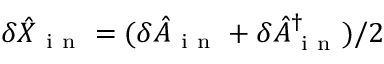
\delta \hat { X } _ { \mathrm { ~ i ~ n ~ } } = ( \delta \hat { A } _ { \mathrm { ~ i ~ n ~ } } + \delta \hat { A } _ { \mathrm { ~ i ~ n ~ } } ^ { \dagger } ) / 2